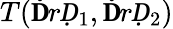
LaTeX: T(\mathbf ḊrḌ_{1},\mathbf ḊrḌ_{2})